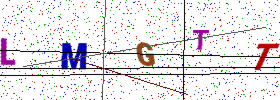
Text: LMGTT